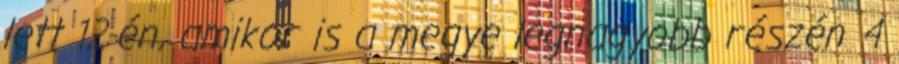
lett 12-én, amikor is a megye legnagyobb részén 4